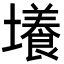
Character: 𡒶